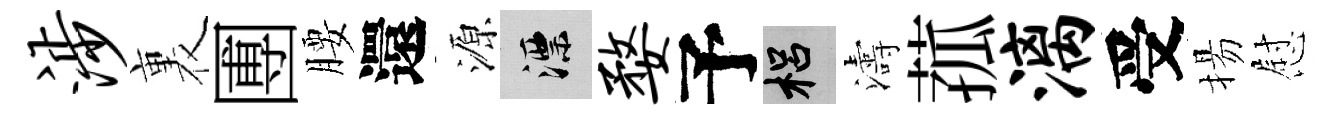
涉裏圑腰還源漂婺予梠濤菰漓受揚慰